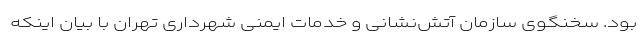
بود. سخنگوی سازمان آتش‌نشانی و خدمات ایمنی شهرداری تهران با بیان اینکه